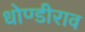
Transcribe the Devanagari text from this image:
धोण्डीराव